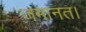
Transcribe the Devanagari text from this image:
जमानत।